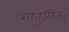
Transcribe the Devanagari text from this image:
गातुमित।